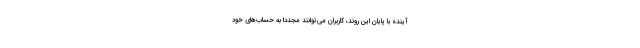
آینده با پایان این روند، کاربران می‌توانند مجددا به حساب‌های خود